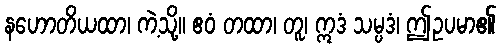
နဟောတိယထာ၊ ကဲ့သို့။ ဧဝံ တထာ၊ တူ၊ ဣဒံ သမ္ပဒံ၊ ဤဥပမာ၏